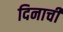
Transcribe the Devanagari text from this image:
दिनाची